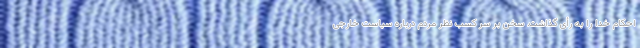
احکام خدا را به رأی گذاشت. سخن بر سر کسب نظر مردم درباره سیاست خارجی